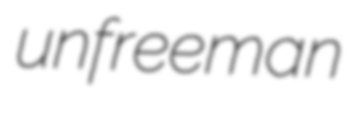
unfreeman